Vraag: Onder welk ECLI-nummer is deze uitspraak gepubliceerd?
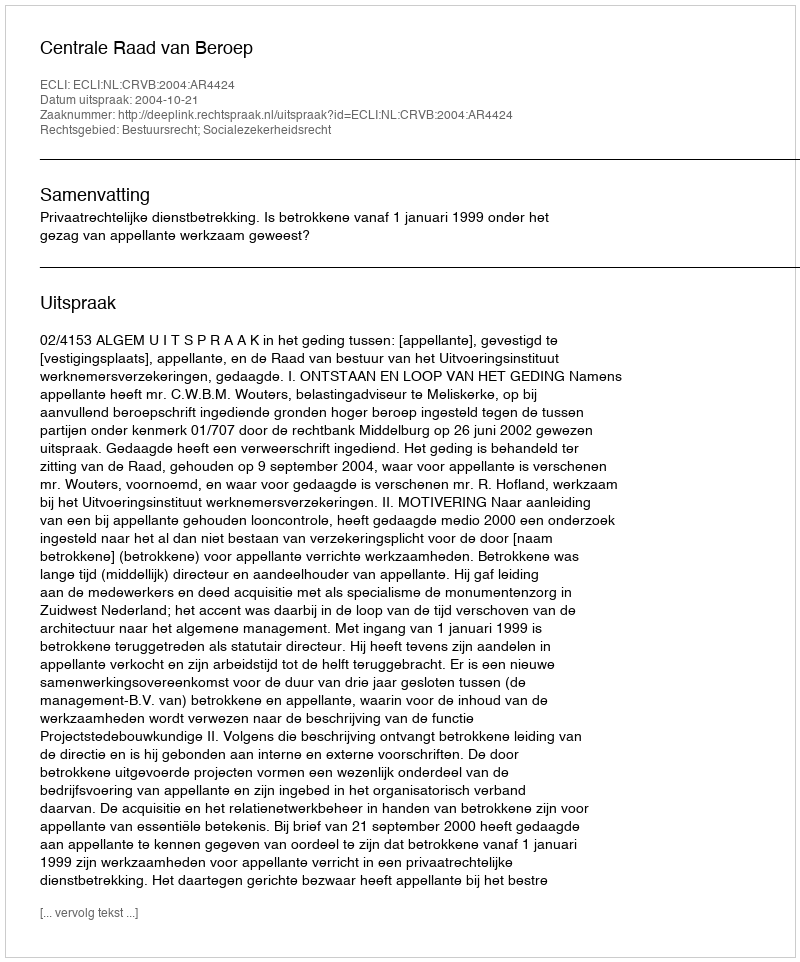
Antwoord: ECLI:NL:CRVB:2004:AR4424